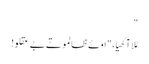
"
مُلا آکھیا، " اوئے ظالمو تے بے عقلو!